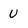
Character: U